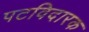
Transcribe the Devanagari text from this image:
पटविदारक